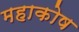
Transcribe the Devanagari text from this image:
महाकोष